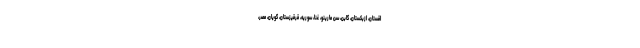
اقستان، ازبکستان، گابن، سن مارینو، غنا، سوریه، قرقیزستان، گویان، مصر،